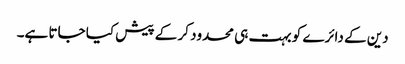
دین کے دائرے کو بہت ہی محدود کر کے پیش کیا جاتا ہے۔